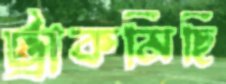
ট্রাকমিছি